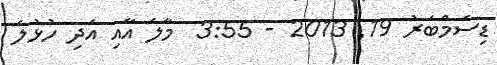
ޑިސެމްބަރު 19